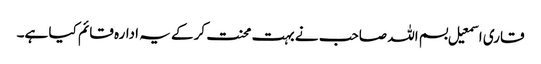
قاری اسمعیل بسم اللہ صاحب نے بہت محنت کرکے یہ ادارہ قائم کیا ہے۔